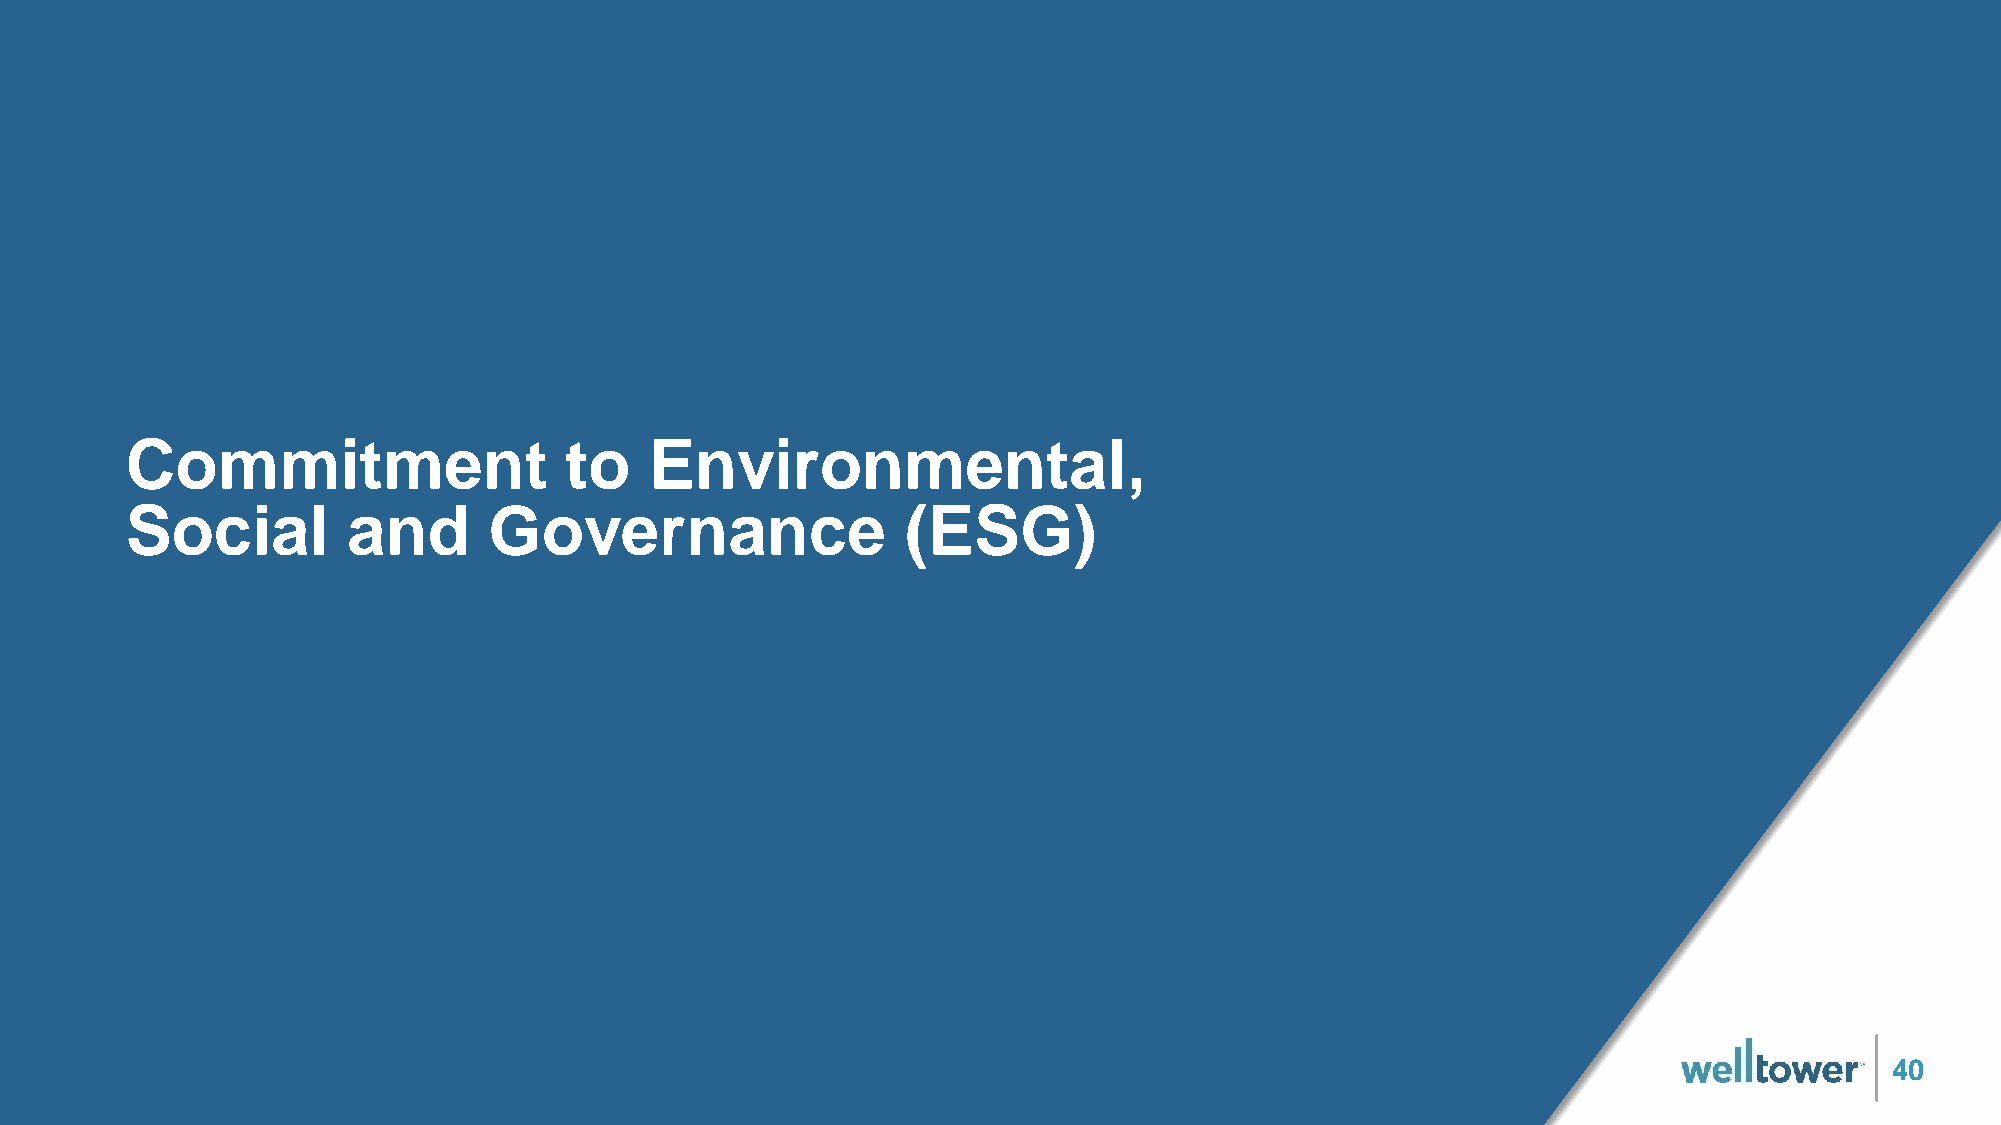
Commitment                   to    Environmental,
 Social         and      Governance                  (ESG)
 40